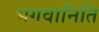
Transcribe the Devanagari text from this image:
भगवानिति